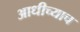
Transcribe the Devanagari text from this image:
आधीच्याच